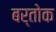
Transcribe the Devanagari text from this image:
बर्तोक